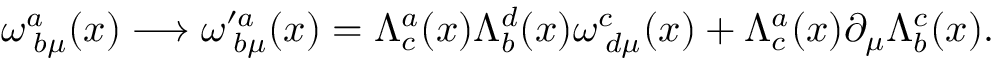
\omega _ { \; b \mu } ^ { a } ( x ) \longrightarrow \omega _ { \; b \mu } ^ { \prime a } ( x ) = \Lambda _ { c } ^ { a } ( x ) \Lambda _ { b } ^ { d } ( x ) \omega _ { \; d \mu } ^ { c } ( x ) + \Lambda _ { c } ^ { a } ( x ) \partial _ { \mu } \Lambda _ { b } ^ { c } ( x ) .